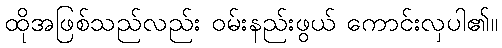
ထိုအဖြစ်သည်လည်း ဝမ်းနည်းဖွယ် ကောင်းလှပါ၏။